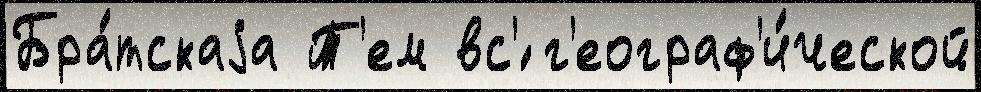
Бра́тскаjа Т'ем вс'́ г'еограф'и́ческой